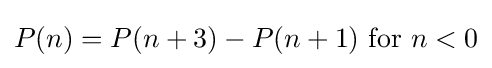
P(n)=P(n+3)-P(n+1){\mbox{  for }}n<0